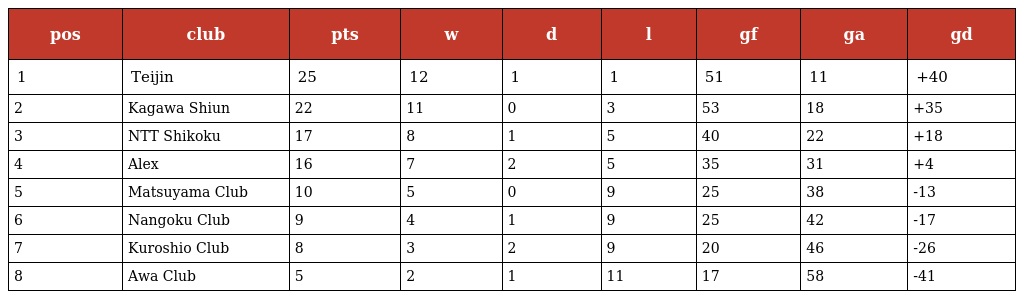
| pos | club | pts | w | d | l | gf | ga | gd |
 | --- | --- | --- | --- | --- | --- | --- | --- | --- |
 | 1 | Teijin | 25 | 12 | 1 | 1 | 51 | 11 | +40 |
 | 2 | Kagawa Shiun | 22 | 11 | 0 | 3 | 53 | 18 | +35 |
 | 3 | NTT Shikoku | 17 | 8 | 1 | 5 | 40 | 22 | +18 |
 | 4 | Alex | 16 | 7 | 2 | 5 | 35 | 31 | +4 |
 | 5 | Matsuyama Club | 10 | 5 | 0 | 9 | 25 | 38 | -13 |
 | 6 | Nangoku Club | 9 | 4 | 1 | 9 | 25 | 42 | -17 |
 | 7 | Kuroshio Club | 8 | 3 | 2 | 9 | 20 | 46 | -26 |
 | 8 | Awa Club | 5 | 2 | 1 | 11 | 17 | 58 | -41 |